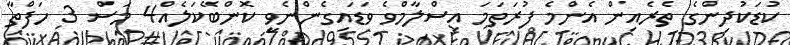
ކުޑަކުދިންގެ ތެރެއިން އެންމެ ފުރަތަމަ އިސްލާމްވެ ވަޑައިގެންނެވީ ކޮންބޭކަލެއް4 މަސް 3 ހަފްތާ